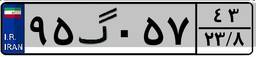
۹۵گ۰۵۷۴۳